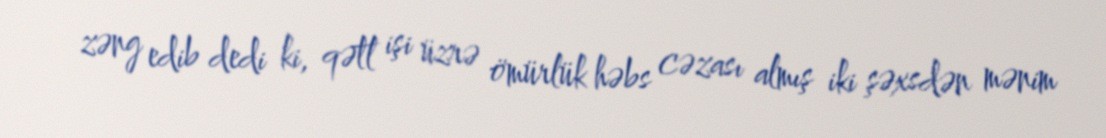
zəng edib dedi ki, qətl işi üzrə ömürlük həbs cəzası almış iki şəxsdən mənim